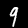
Digit: 9